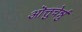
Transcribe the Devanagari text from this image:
ऒत्तुचेर्न्नु